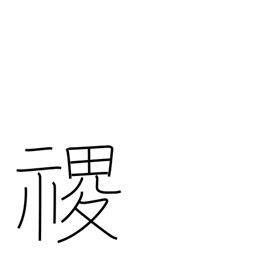
Meaning: proper name